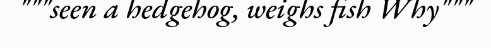
"""seen a hedgehog, weighs fish Why"""